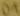
Text: D1